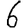
Digit: 6